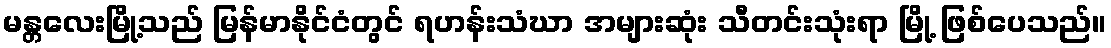
မန္တလေးမြို့သည် မြန်မာနိုင်ငံတွင် ရဟန်းသံဃာ အများဆုံး သီတင်းသုံးရာ မြို့ ဖြစ်ပေသည်။